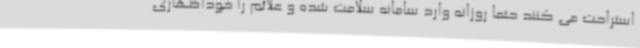
استراحت می کنند حتما روزانه وارد سامانه سلامت شده و علائم را خوداظهاری